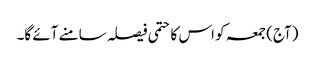
(آج) جمعہ کو اس کا حتمی فیصلہ سامنے آئے گا۔